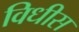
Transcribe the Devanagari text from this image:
विधीस